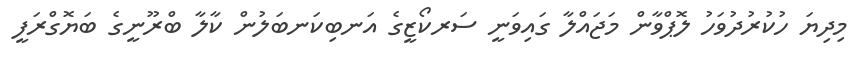
މިދިޔަ ހުކުރުދުވަހު ލޮޕްވާން މަޖައްލާ ގައިވަނީ ސަރކޯޒީގެ އަނބިކަނބަލުން ކާލާ ބްރޫނީގެ ބަޔޮގްރަފީ